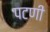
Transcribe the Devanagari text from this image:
पटणी